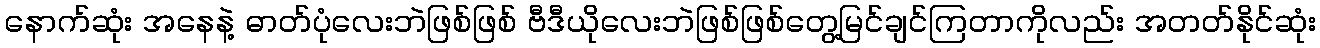
နောက်ဆုံး အနေနဲ့ ဓာတ်ပုံလေးဘဲဖြစ်ဖြစ် ဗီဒီယိုလေးဘဲဖြစ်ဖြစ်တွေ့မြင်ချင်ကြတာကိုလည်း အတတ်နိုင်ဆုံး